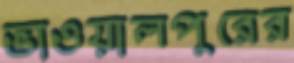
ভাওয়ালপুরের